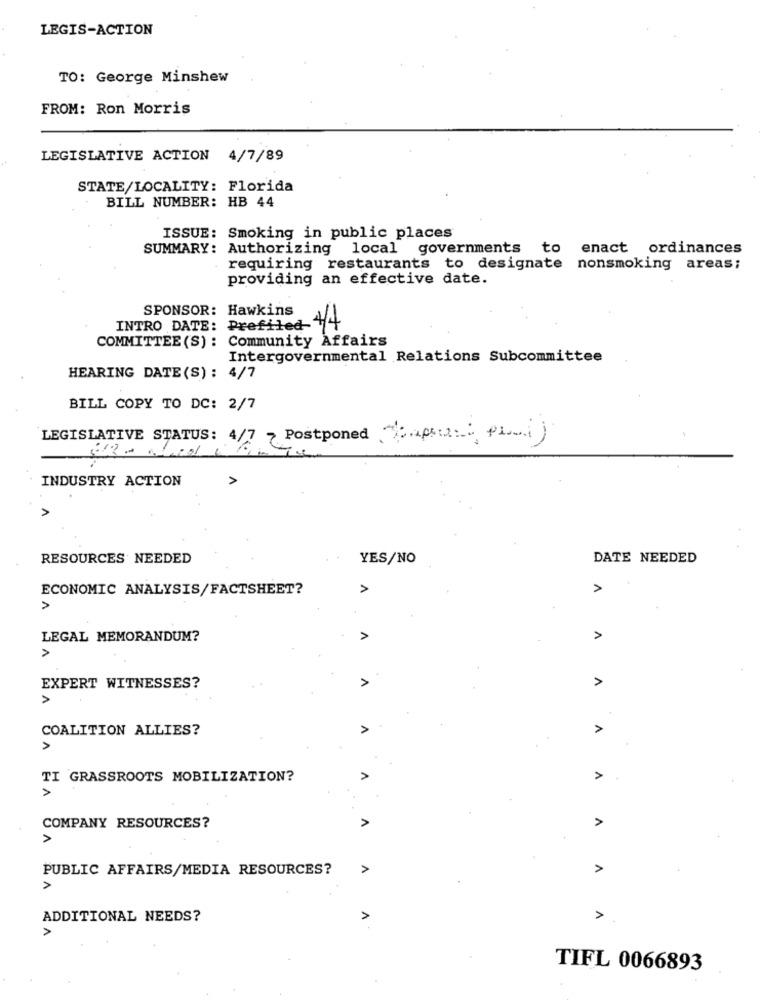
LEGIS-ACTION
TO: George Minshew
FROM: Ron Morris
LEGISLATIVE ACTION 4/7/89
STATE/LOCALITY: Florida
BILL NUMBER: HB 44
ISSUE: Smoking in public places
SUMMARY: Authorizing local governments to enact ordinances
requiring restaurants to designate nonsmoking areas;
providing an effective date.
SPONSOR: Hawkins
INTRO DATE: Prefited 4/4
COMMITTEE(S): Community Affairs
Intergovernmental Relations Subcommittee
HEARING DATE (S) : 4/7
BILL COPY TO DC: 2/7
LEGISLATIVE STATUS: 4/7 Postponed experi prij
23- 01
INDUSTRY ACTION
RESOURCES NEEDED
YES/NO
DATE NEEDED
ECONOMIC ANALYSIS/FACTSHEET?
A
>
A
LEGAL MEMORANDUM?
A
EXPERT WITNESSES?
A
A
COALITION ALLIES?
>
TI GRASSROOTS MOBILIZATION?
>
>
COMPANY RESOURCES?
PUBLIC AFFAIRS/MEDIA RESOURCES?
>
ADDITIONAL NEEDS?
>
TIFL 0066893